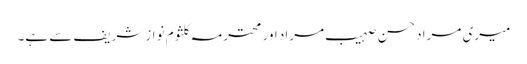
میری مراد حسن صہیب مراد اور محترمہ کلثوم نواز شریف سے ہے۔